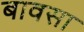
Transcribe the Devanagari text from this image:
बावसा